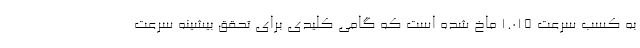
به کسب سرعت 1.015 ماخ شده است که گامی کلیدی برای تحقق بیشینه سرعت